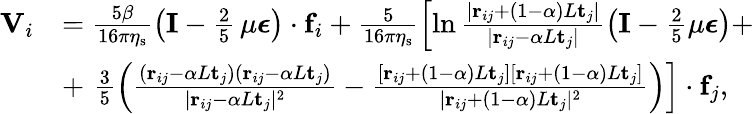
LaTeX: \begin{array}{rl}{\mathbf{V}_{i}}&{=\frac{5\beta}{16\pi\eta_{\mathrm{s}}}\left(\mathbf{I}-\frac{2}{5}\, \mu\boldsymbol{\epsilon}\right)\cdot\mathbf{f}_{i}+\frac{5}{16\pi\eta_{\mathrm{s}}}\left[\ln\frac{|\mathbf{r}_{ij}+(1-\alpha)L\mathbf{t}_{j}|}{|\mathbf{r}_{ij}-\alpha L\mathbf{t}_{j}|}\left(\mathbf{I}-\frac{2}{5}\mu\boldsymbol{\epsilon}\right)+\right.}\\ &{+\left.\, \frac{3}{5}\left(\frac{(\mathbf{r}_{ij}-\alpha L\mathbf{t}_{j})(\mathbf{r}_{ij}-\alpha L\mathbf{t}_{j})}{|\mathbf{r}_{ij}-\alpha L\mathbf{t}_{j}|^{2}}-\frac{[\mathbf{r}_{ij}+(1-\alpha)L\mathbf{t}_{j}][\mathbf{r}_{ij}+(1-\alpha)L\mathbf{t}_{j}]}{|\mathbf{r}_{ij}+(1-\alpha)L\mathbf{t}_{j}|^{2}}\right)\right]\cdot\mathbf{f}_{j},}\end{array}